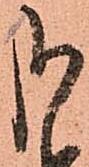
哉